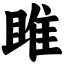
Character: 雎